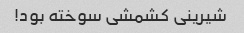
شیرینی کشمشی سوخته بود!